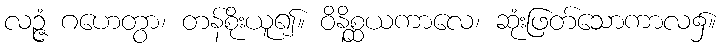
လဉ္ဇံ ဂဟေတွာ၊ တန်စိုးယူ၍။ ဝိနိစ္ဆယကာလေ၊ ဆုံးဖြတ်သောကာလ၌။